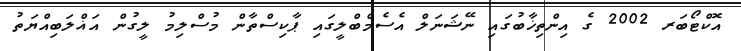
އޮކްޓޯބަރ 2002 ގެ އިންތިޚާބުގައި ނޭޝަނަލް އެސެމްބްލީގައި ޕާކިސްތާން މުސްލިމު ލީގުން އަޣްލަބިއްޔަތު